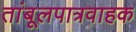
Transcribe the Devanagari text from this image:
तांबूलपात्रवाहक